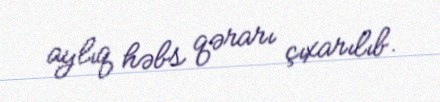
aylıq həbs qərarı çıxarılıb.